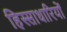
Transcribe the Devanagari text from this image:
हिस्साधारियों